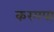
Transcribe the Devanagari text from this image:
करमपा